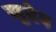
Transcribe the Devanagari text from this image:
खुदेद